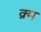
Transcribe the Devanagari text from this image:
क्र्म